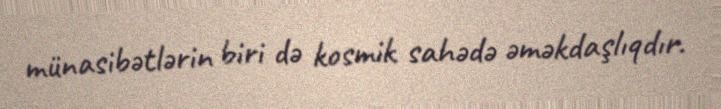
münasibətlərin biri də kosmik sahədə əməkdaşlıqdır.